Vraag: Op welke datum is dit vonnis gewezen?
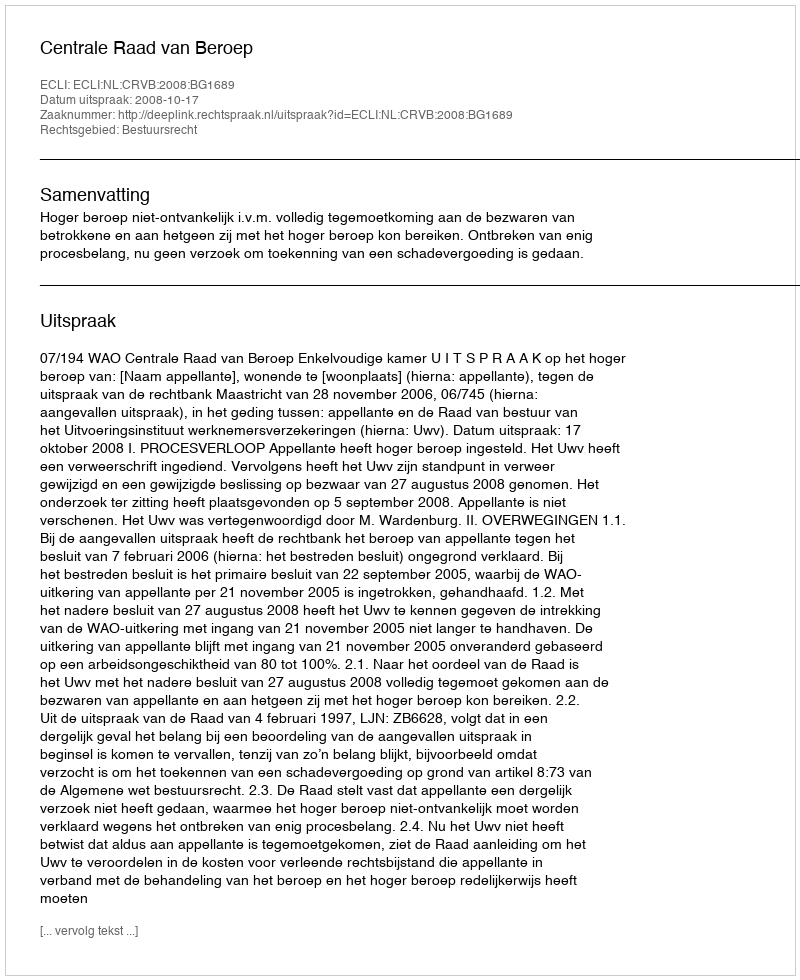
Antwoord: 2008-10-17